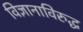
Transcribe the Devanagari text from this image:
विज्ञानाविरुद्ध